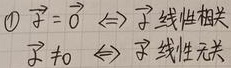
\textcircled{1} $\vec{x} = \vec{0} \Leftrightarrow \vec{x}$ 线性相关，$\vec{x} \neq \vec{0} \Leftrightarrow \vec{x}$ 线性无关